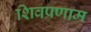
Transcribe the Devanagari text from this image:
शिवप्रणाम